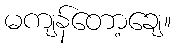
မကျန်တော့ချေ။